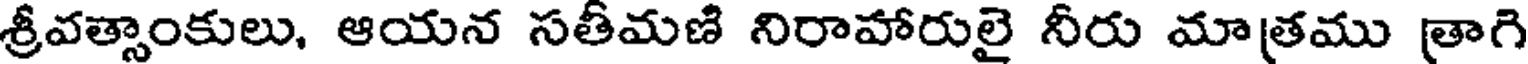
శ్రీవత్సాంకులు, ఆయన సతీమణి నిరాహారులై నీరు మాత్రము త్రాగి